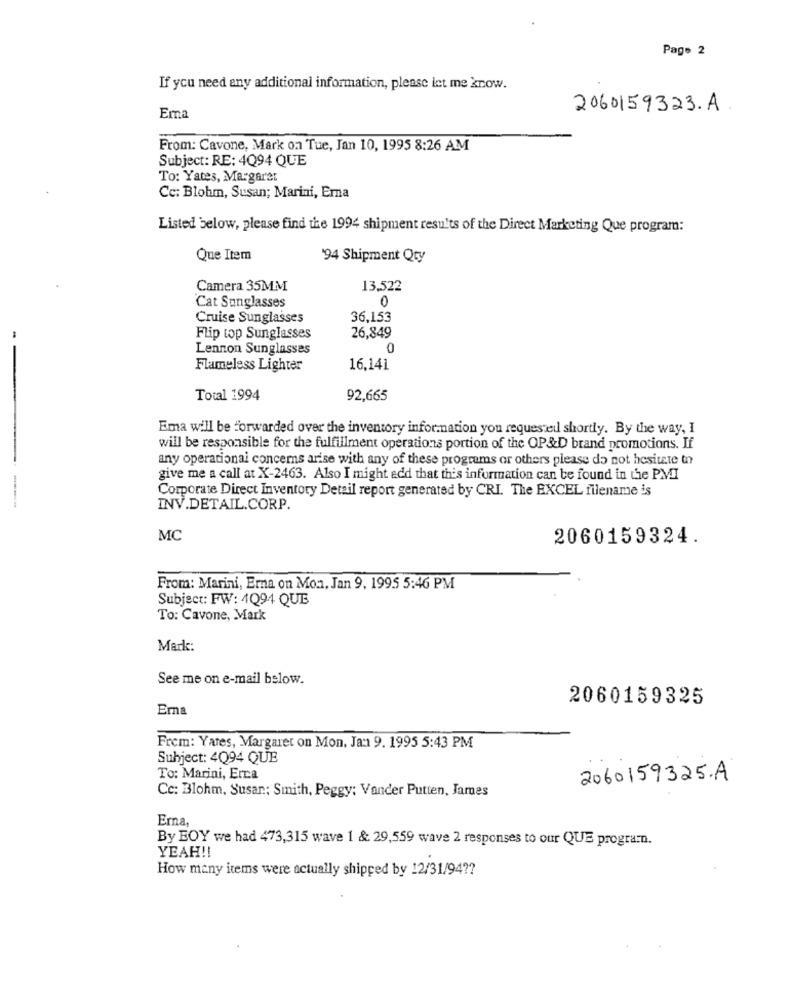
Page 2
If you need any additional information, please let me know.
2060159323. A
Ema
From: Cavone, Mark on Tue, Jan 10, 1995 8:26 AM
Subject: RE: 4Q94 QUE
To: Yates, Margaret
Cc: Blohm, Susan; Marini, Erna
Listed below, please find the 1994 shipment results of the Direct Marketing Que program:
Que Item
'94 Shipment Qty
Camera 35MM
13,522
0
Cat Sunglasses
Cruise Sunglasses
36,153
Flip top Sunglasses
26,849
Lennon Sunglasses
Flameless Lighter
16,141
Total 1994
92,665
Ema will be forwarded over the inventory information you requested shortly. By the way, I
will be responsible for the fulfillment operations portion of the OP&D brand promotions. If
any operational concerns arise with any of these programs or others please do not hesitate to
give me a call at X-2463. Also I might add that this information can be found in the PMI
Corporate Direct Inventory Detail report generated by CRI. The EXCEL filename is
INV.DETAIL.CORP.
MC
2060159324.
From: Marini, Erna on Mon, Jan 9, 1995 5:46 PM
Subject: FW: 4Q94 QUE
To: Cavone, Mark
Mark:
See me on e-mail below.
2060159325
Erna
Frem: Yates, Margaret on Mon, Ja: 9. 1995 5:43 PM
Subject: 4Q94 QUE
To: Marini, Erca
2060159325.A
Cc: Blohm, Susan; Smith, Peggy; Vander Putten, James
Erna,
By BOY we had 473,315 wave 1 & 29,559 wave 2 responses to our QUE program.
YEAH !!
How many items were actually shipped by 12/31/94 ??